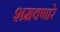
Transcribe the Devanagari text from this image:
शमवणारे